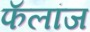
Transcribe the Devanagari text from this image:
फॅलांज